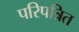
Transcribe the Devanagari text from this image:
परिपत्रित